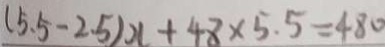
( 5 . 5 - 2 . 5 ) x + 4 8 \times 5 . 5 = 4 8 0